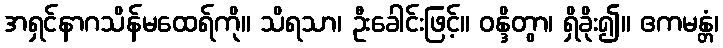
အရှင်နာဂသိန်မထေရ်ကို။ သိရသာ၊ ဦးခေါင်းဖြင့်။ ဝန္ဒိတွာ၊ ရှိခိုး၍။ ဧကမန္တံ၊